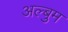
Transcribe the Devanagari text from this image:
अल्बुम